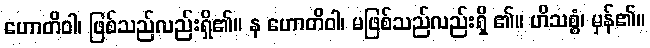
ဟောတိဝါ၊ ဖြစ်သည်လည်းရှိ၏။ န ဟောတိဝါ၊ မဖြစ်သည်လည်းရှိ ၏။ ဟိသစ္စံ၊ မှန်၏။